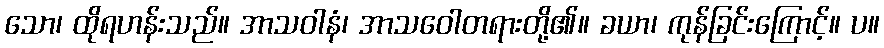
သော၊ ထိုရဟန်းသည်။ အာသဝါနံ၊ အာသဝေါတရားတို့၏။ ခယာ၊ ကုန်ခြင်းကြောင့်။ ပ။